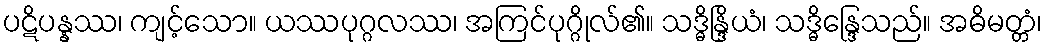
ပဋိပန္နဿ၊ ကျင့်သော။ ယဿပုဂ္ဂလဿ၊ အကြင်ပုဂ္ဂိုလ်၏။ သဒ္ဓိန္ဒြိယံ၊ သဒ္ဓိန္ဒြေသည်။ အဓိမတ္တံ၊